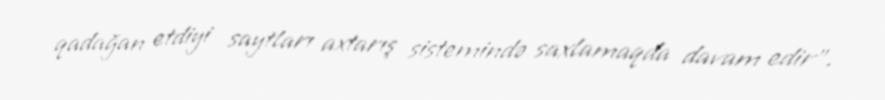
qadağan etdiyi saytları axtarış sistemində saxlamaqda davam edir”.